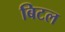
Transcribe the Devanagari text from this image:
बिटल